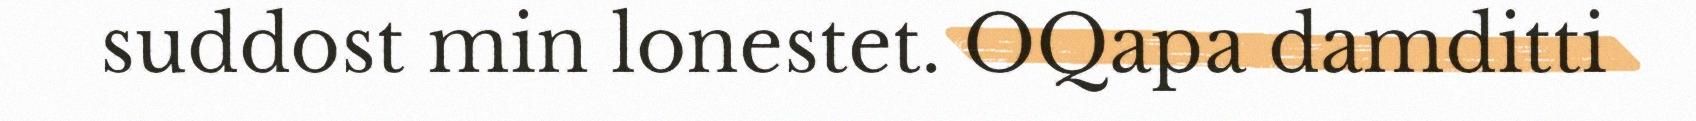
suddost min lonestet. OQapa damditti